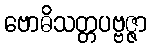
ဗောဓိသတ္တပဗ္ဗဇ္ဇာ